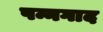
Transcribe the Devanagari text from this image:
पन्नगाद